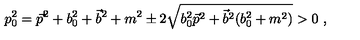
p _ { 0 } ^ { 2 } = \vec { p } ^ { 2 } + b _ { 0 } ^ { 2 } + \vec { b } ^ { 2 } + m ^ { 2 } \pm 2 \sqrt { b _ { 0 } ^ { 2 } \vec { p } ^ { 2 } + \vec { b } ^ { 2 } ( b _ { 0 } ^ { 2 } + m ^ { 2 } ) } > 0 \ ,